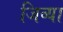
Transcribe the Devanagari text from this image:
जिव्या